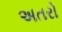
અતરો